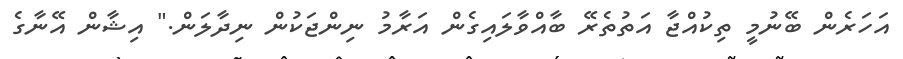
އަހަރެން ބޭނުމީ ތިކުއްޖާ އަތުތެރޭ ބާއްވާލައިގެން އަރާމު ނިންޖަކުން ނިދާލަން." އިޝާން އޭނާގެ